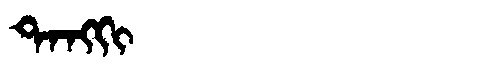
Manchu: ᡨᠠᠩᡴᡳ
Romanization: TANGKI